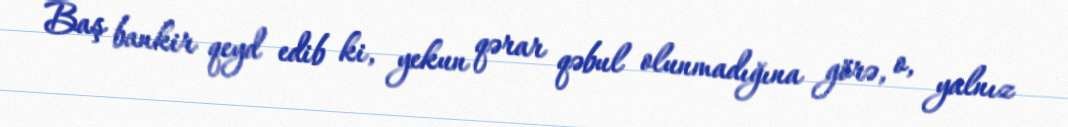
Baş bankir qeyd edib ki, yekun qərar qəbul olunmadığına görə, o, yalnız